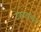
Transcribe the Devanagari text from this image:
टेकाडावरून